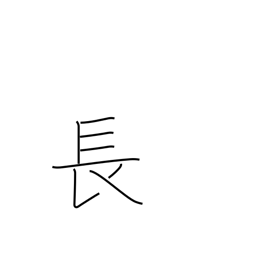
Meaning: superior